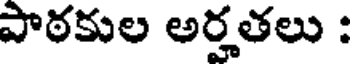
పాఠకుల అర్హతలు :